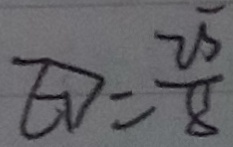
E D = \frac { 2 5 } { 8 }